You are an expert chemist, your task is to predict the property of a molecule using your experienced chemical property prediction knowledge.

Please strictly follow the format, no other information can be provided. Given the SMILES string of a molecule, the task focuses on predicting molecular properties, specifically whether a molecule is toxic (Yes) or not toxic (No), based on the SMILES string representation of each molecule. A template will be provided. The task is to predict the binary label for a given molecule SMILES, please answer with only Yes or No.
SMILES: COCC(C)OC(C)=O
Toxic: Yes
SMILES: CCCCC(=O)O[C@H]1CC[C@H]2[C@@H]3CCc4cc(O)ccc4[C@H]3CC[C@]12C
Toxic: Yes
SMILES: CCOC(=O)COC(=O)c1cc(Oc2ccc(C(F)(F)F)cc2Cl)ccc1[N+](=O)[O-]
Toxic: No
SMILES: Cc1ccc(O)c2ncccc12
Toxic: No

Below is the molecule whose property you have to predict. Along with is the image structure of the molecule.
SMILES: CC(C)COC(=O)OCN1C(=O)CN(CCN2CC(=O)N(COC(=O)OCC(C)C)C(=O)C2)CC1=O
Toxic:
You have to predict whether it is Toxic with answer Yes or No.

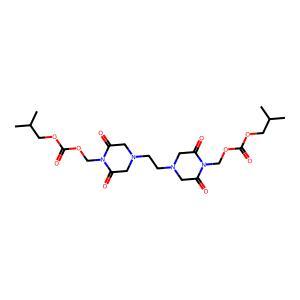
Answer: No